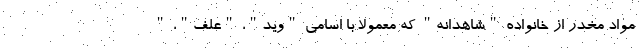
مواد مخدر از خانواده "شاهدانه" که معمولا با اسامی "وید"، "علف"، "